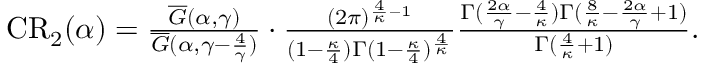
\begin{array} { r } { \mathrm { { C R } } _ { 2 } ( \alpha ) = \frac { \overline { G } ( \alpha , \gamma ) } { \overline { G } ( \alpha , \gamma - \frac { 4 } { \gamma } ) } \cdot \frac { ( 2 \pi ) ^ { \frac { 4 } { \kappa } - 1 } } { ( 1 - \frac { \kappa } { 4 } ) \Gamma ( 1 - \frac { \kappa } { 4 } ) ^ { \frac { 4 } { \kappa } } } \frac { \Gamma ( \frac { 2 \alpha } { \gamma } - \frac { 4 } { \kappa } ) \Gamma ( \frac { 8 } { \kappa } - \frac { 2 \alpha } { \gamma } + 1 ) } { \Gamma ( \frac { 4 } { \kappa } + 1 ) } . } \end{array}